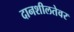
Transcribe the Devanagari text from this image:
दानशीलतेवर